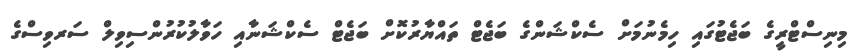
މިނިސްޓްރީގެ ބަޖެޓުގައި ހިމެނުމަށް ސެކްޝަންގެ ބަޖެޓް ތައްޔާރުކޮށް ބަޖެޓް ސެކްޝަނާއި ހަވާލުކުރުންސިވިލް ސަރވިސްގެ